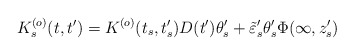
\begin{align*}K_s^{(o)}(t,t')=K^{(o)}(t_s,t_s')D(t')\theta_s'+ \tilde\varepsilon_s'\theta_s'\Phi(\infty,z_s')\end{align*}